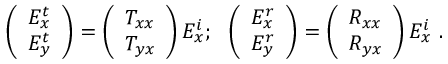
\left( \begin{array} { l } { E _ { x } ^ { t } } \\ { E _ { y } ^ { t } } \end{array} \right) = \left( \begin{array} { l } { T _ { x x } } \\ { T _ { y x } } \end{array} \right) E _ { x } ^ { i } ; ~ ~ \left( \begin{array} { l } { E _ { x } ^ { r } } \\ { E _ { y } ^ { r } } \end{array} \right) = \left( \begin{array} { l } { R _ { x x } } \\ { R _ { y x } } \end{array} \right) E _ { x } ^ { i } \ .